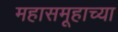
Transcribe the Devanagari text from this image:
महासमूहाच्या